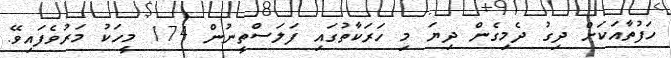
ހަފުތާއަކަށް ދިގު ދެމިގެން ދިޔަ މި ހަރަކާތުގައި ފަލަސްތީނުން 174 މީހަކު މަރުވެފައިވޭ.